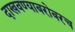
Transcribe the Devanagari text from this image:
दाखवण्याबरोबरच